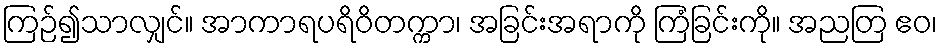
ကြဉ်၍သာလျှင်။ အာကာရပရိဝိတက္ကာ၊ အခြင်းအရာကို ကြံခြင်းကို။ အညတြ ဧဝ၊